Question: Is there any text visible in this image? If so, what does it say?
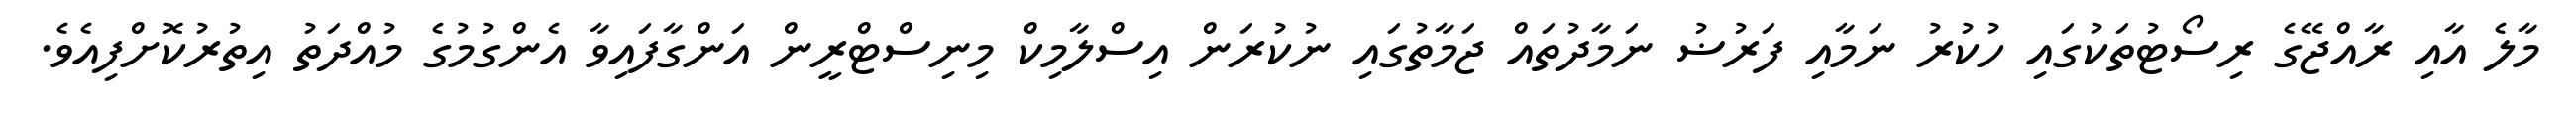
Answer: މާލެ އާއި ރާއްޖޭގެ ރިސޯޓުތަކުގައި ހުކުރު ނަމާއި ފަރުޟު ނަމާދުތައް ޖަމާތުގައި ނުކުރަން އިސްލާމިކް މިނިސްޓްރީން އަންގާފައިވާ އެންގުމުގެ މުއްދަތު އިތުރުކޮށްފިއެވެ.